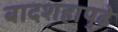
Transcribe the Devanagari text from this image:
बादशहापुढे